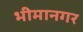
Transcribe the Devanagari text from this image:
भीमानगर